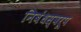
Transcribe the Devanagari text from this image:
निबंधस्वरूप